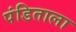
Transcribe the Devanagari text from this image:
पंडिताला